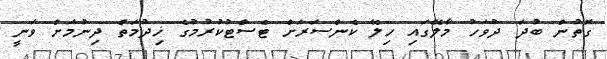
ގޮތުން ބުދަ ދުވަހު މާލޭގައި ހިލޭ ކެންސަރަށް ޓެސްޓުކުރުމުގެ ޚިދުމަތް ދިނުމަށް ވަނީ